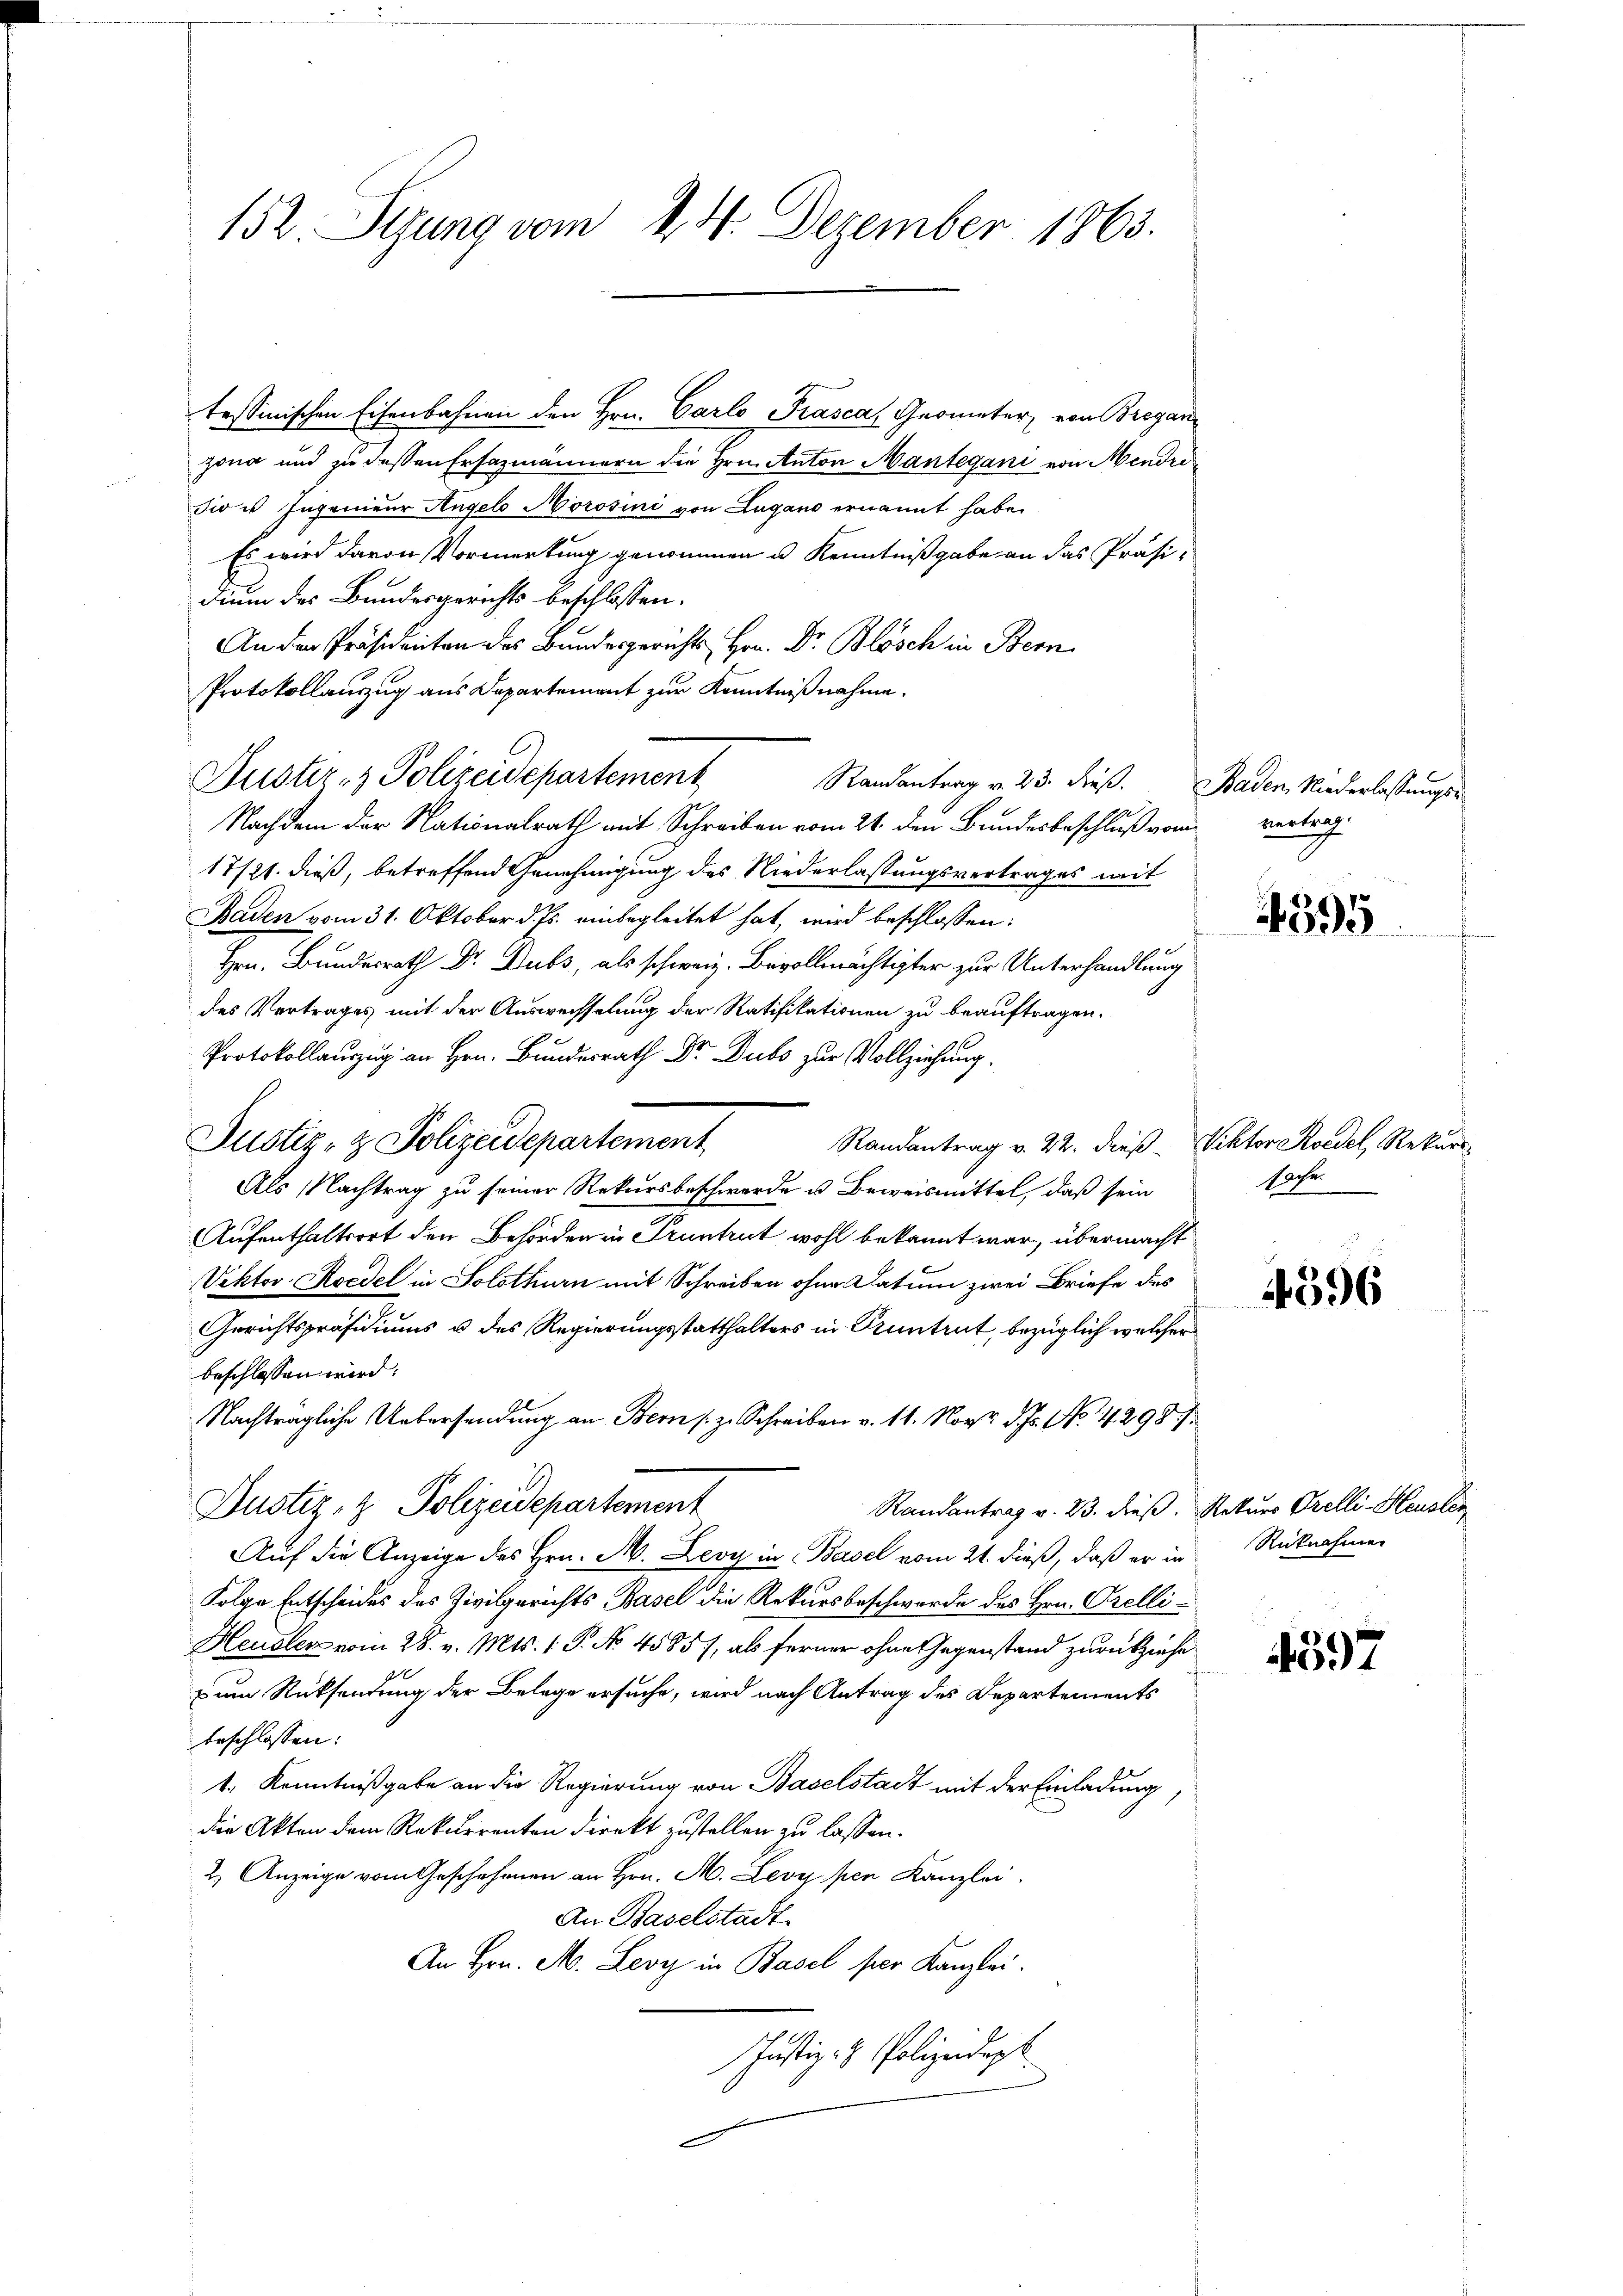
152 Segung vom 24. Dezember 1863.

tessinischen Eisenbahnen den Hrn. Carlo Prasca, Geometer, von Gregan
zona und zu dessen Ersazmännern die Hrn. Anton Mantegani von Mendrodie u Ingenieur Angelo Morosini von Lugano ernannt habe.
Es wird davon Vormerkung genommen u. Kenntnißgabe an das Präsidium des Bundesgerichts beschlossen:
An der Präsidenten des Bundesgerichts, Hrn. Dr. Blösch in Bern
Protokollauszug aus Departement zur Kenntnißnahme.
Randantrag v. 23. dieß.
Nachdem der Nationalrath mit Schreiben vom 21. den Bundesbeschluß vom vertrag
17/21. dieß, betreffend Genehmigung des Niederlassungsvertrages mit
Baden vom 31. Oktober d. Js. einbegleitet hat, wird beschlossen:
Hrn. Bundesrath Dr. Dubs, als schweiz. Bevollmächtigter zur Unterhandlung
des Vertrages mit der Auswechselung der Ratifikationen zu beauftragen.
c
Protokollauszug an Hrn. Bundesrath Dr. Dubo zur Vollziehung.
Justiz- & Polizeidepartement
Randantrag v. 22. dieß Viktor Koedel, Rekurs-
Als Nachtrag zu seiner Rekursbeschwerde u. Beweismittel, daß sein
Aufenthaltsort den Behörderin Truntrut wohl bekannt war, übermacht
Vektor Koedel in Solothurn mit Schreiben ohne Datum zwei Briefe des
Gerichtspräsidiums u des Regierungsstatthalters in Kuntrut, bezüglich welcher
beschlossen wird:
Nachträgliche Uebersendung an Bern s. z. Schreiben v. 11. Nov. d. Js. No. 4298/
Justiz- & Polizeidepartement
Randantrag v. 23. dieß. Rekurs Prelli - Heusler,
Auf die Anzeige des Hrn. M. Leoy in Basel vom 21. dieß, daß er in Rücknahmen
Folge Entscheides des Zivilgerichts Basel die Rekursbeschwerde des Hrn. Orelli¬
Heusler vom 28. v. Mts. 1. P. No 4585, als ferner ohne Gegenstand zurückziehe
zum Rücksendung der Belage ersuche, wird nach Antrag des Departements
beschlossen:
1. Kenntnißgabe an die Regierung von Baselstadt mit der Einladung
die Akten dem Rekurrenten direkt zustellen zu lassen.
2.) Anzeige vom Geschehenen an Hrn. M. Levypen Kanzlei.
An Baselstadt
An Hrn. M. Levy in Basel per Kanzlei.
Justiz- & Polizeidept
d

Justiz- & Polizeidepartement

Baden, Niederlassungs¬

4395

sache.

4596

4597